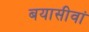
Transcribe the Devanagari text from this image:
बयासीवां